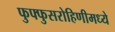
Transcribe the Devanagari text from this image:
फुफ्फुसरोहिणीमध्ये